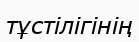
тұстілігінің